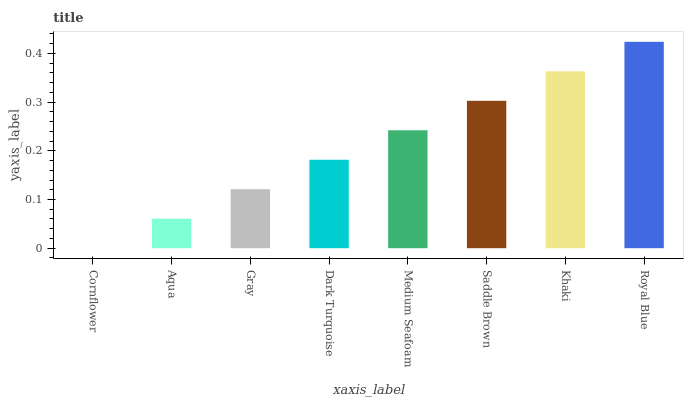
| xaxis_label | bars |
 | --- | --- |
 | Cornflower | 0 |
 | Aqua | 0.0605 |
 | Gray | 0.121 |
 | Dark Turquoise | 0.182 |
 | Medium Seafoam | 0.242 |
 | Saddle Brown | 0.303 |
 | Khaki | 0.363 |
 | Royal Blue | 0.424 |